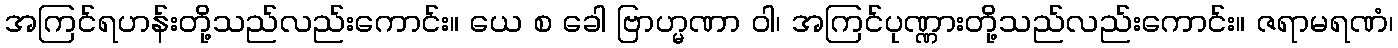
အကြင်ရဟန်းတို့သည်လည်းကောင်း။ ယေ စ ခေါ ဗြာဟ္မဏာ ဝါ၊ အကြင်ပုဏ္ဏားတို့သည်လည်းကောင်း။ ဇရာမရဏံ၊